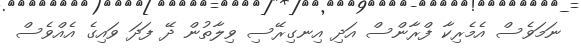
ނަމަވެސް އެމެރިކާ ފްރާންސް އަދި އިނގިރޭސި ވިލާތުން ދޭ ފަދަ ވައިގެ އެއްވެސް